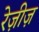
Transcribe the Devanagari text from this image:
रेज़ीज़